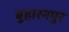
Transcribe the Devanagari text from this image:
बुहारनपुर